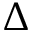
\Delta